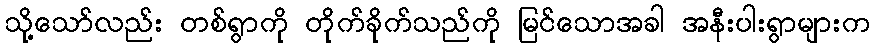
သို့သော်လည်း တစ်ရွာကို တိုက်ခိုက်သည်ကို မြင်သောအခါ အနီးပါးရွာများက